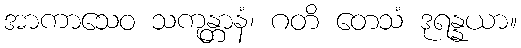
အာကာသေဝ သကုန္တာနံ၊ ဂတိ တေသံ ဒုရန္နယာ။